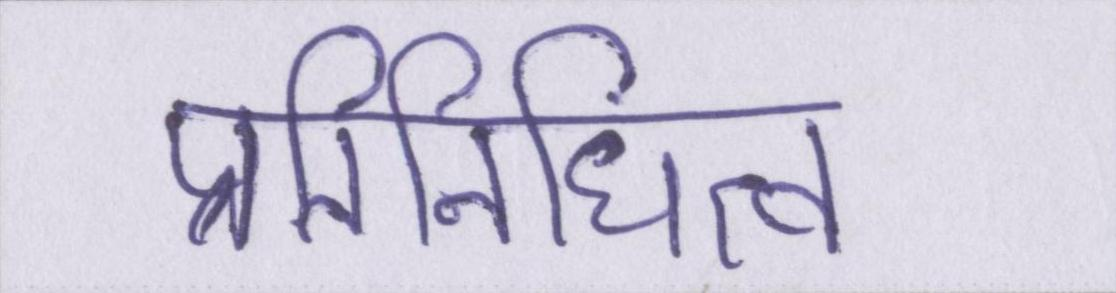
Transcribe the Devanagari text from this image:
प्रतिनिधित्व